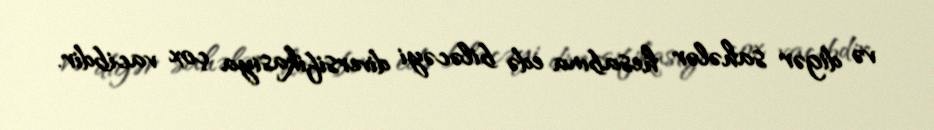
və digər sahələr hesabına edə biləcəyi diversifikasiya çox vacibdir.